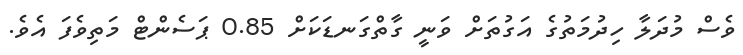
ވެސް މުދަލާ ހިދުމަތުގެ އަގުތަށް ވަނީ ގާތްގަނޑަކަށް 0.85 ޕަސެންޓް މަތިވެފަ އެވެ.